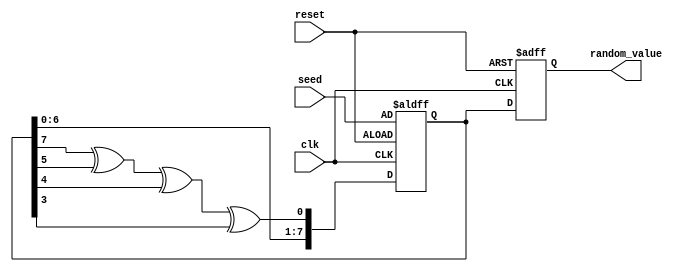
module RandomInitialization #(
    parameter WIDTH = 8  // Width of the random value output
)(
    input wire clk,
    input wire reset,
    input wire [WIDTH-1:0] seed,  // Optional seed input
    output reg [WIDTH-1:0] random_value
);

    // Internal state for the LFSR
    reg [WIDTH-1:0] lfsr;
    wire feedback;

    // Feedback polynomial for LFSR (example: x^8 + x^6 + x^5 + x^4 + 1)
    assign feedback = lfsr[7] ^ lfsr[5] ^ lfsr[4] ^ lfsr[3];

    always @(posedge clk or posedge reset) begin
        if (reset) begin
            // Reset state: initialize random_value and LFSR
            random_value <= 0;  // Default value on reset
            lfsr <= seed;       // Initialize LFSR with provided seed
        end else begin
            // Update LFSR and generate new random_value
            lfsr <= {lfsr[WIDTH-2:0], feedback}; // Shift and feedback
            random_value <= lfsr;  // Output the current LFSR value
        end
    end

endmodule